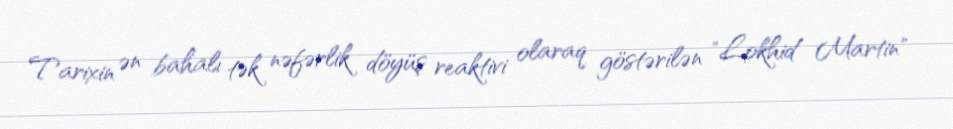
Tarixin ən bahalı tək nəfərlik döyüş reaktivi olaraq göstərilən "Lokhid Martin"